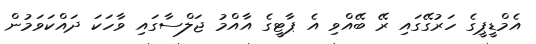
އެމްޑީޕީގެ ހަރުގޭގައި ރޭ ބޭއްވި އެ ޕާޓީގެ އާއްމު ޖަލްސާގައި ވާހަކަ ދައްކަވަމުން